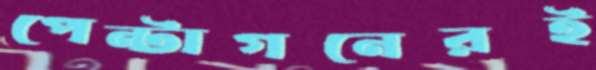
পেন্টাগনেরই